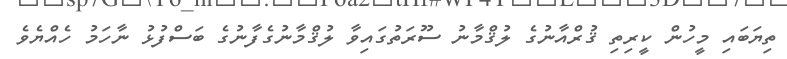
ތިޔަބައި މީހުން ކީރިތި ޤުރްއާނުގެ ލުޤްމާނު ސޫރަތުގައިވާ ލުޤްމާނުގެފާނުގެ ބަސްފުޅު ނާހަމު ހެއްޔެވެ